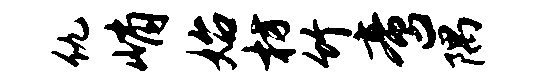
仇峭始枋竹啻隅